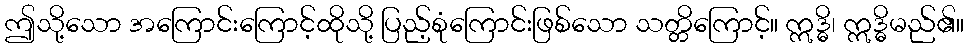
ဤသို့သော အကြောင်းကြောင့်ထိုသို့ ပြည့်စုံကြောင်းဖြစ်သော သတ္တိကြောင့်။ ဣဒ္ဓိ၊ ဣဒ္ဓိမည်၏။